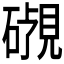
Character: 𬒜